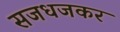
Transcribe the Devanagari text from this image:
सजधजकर